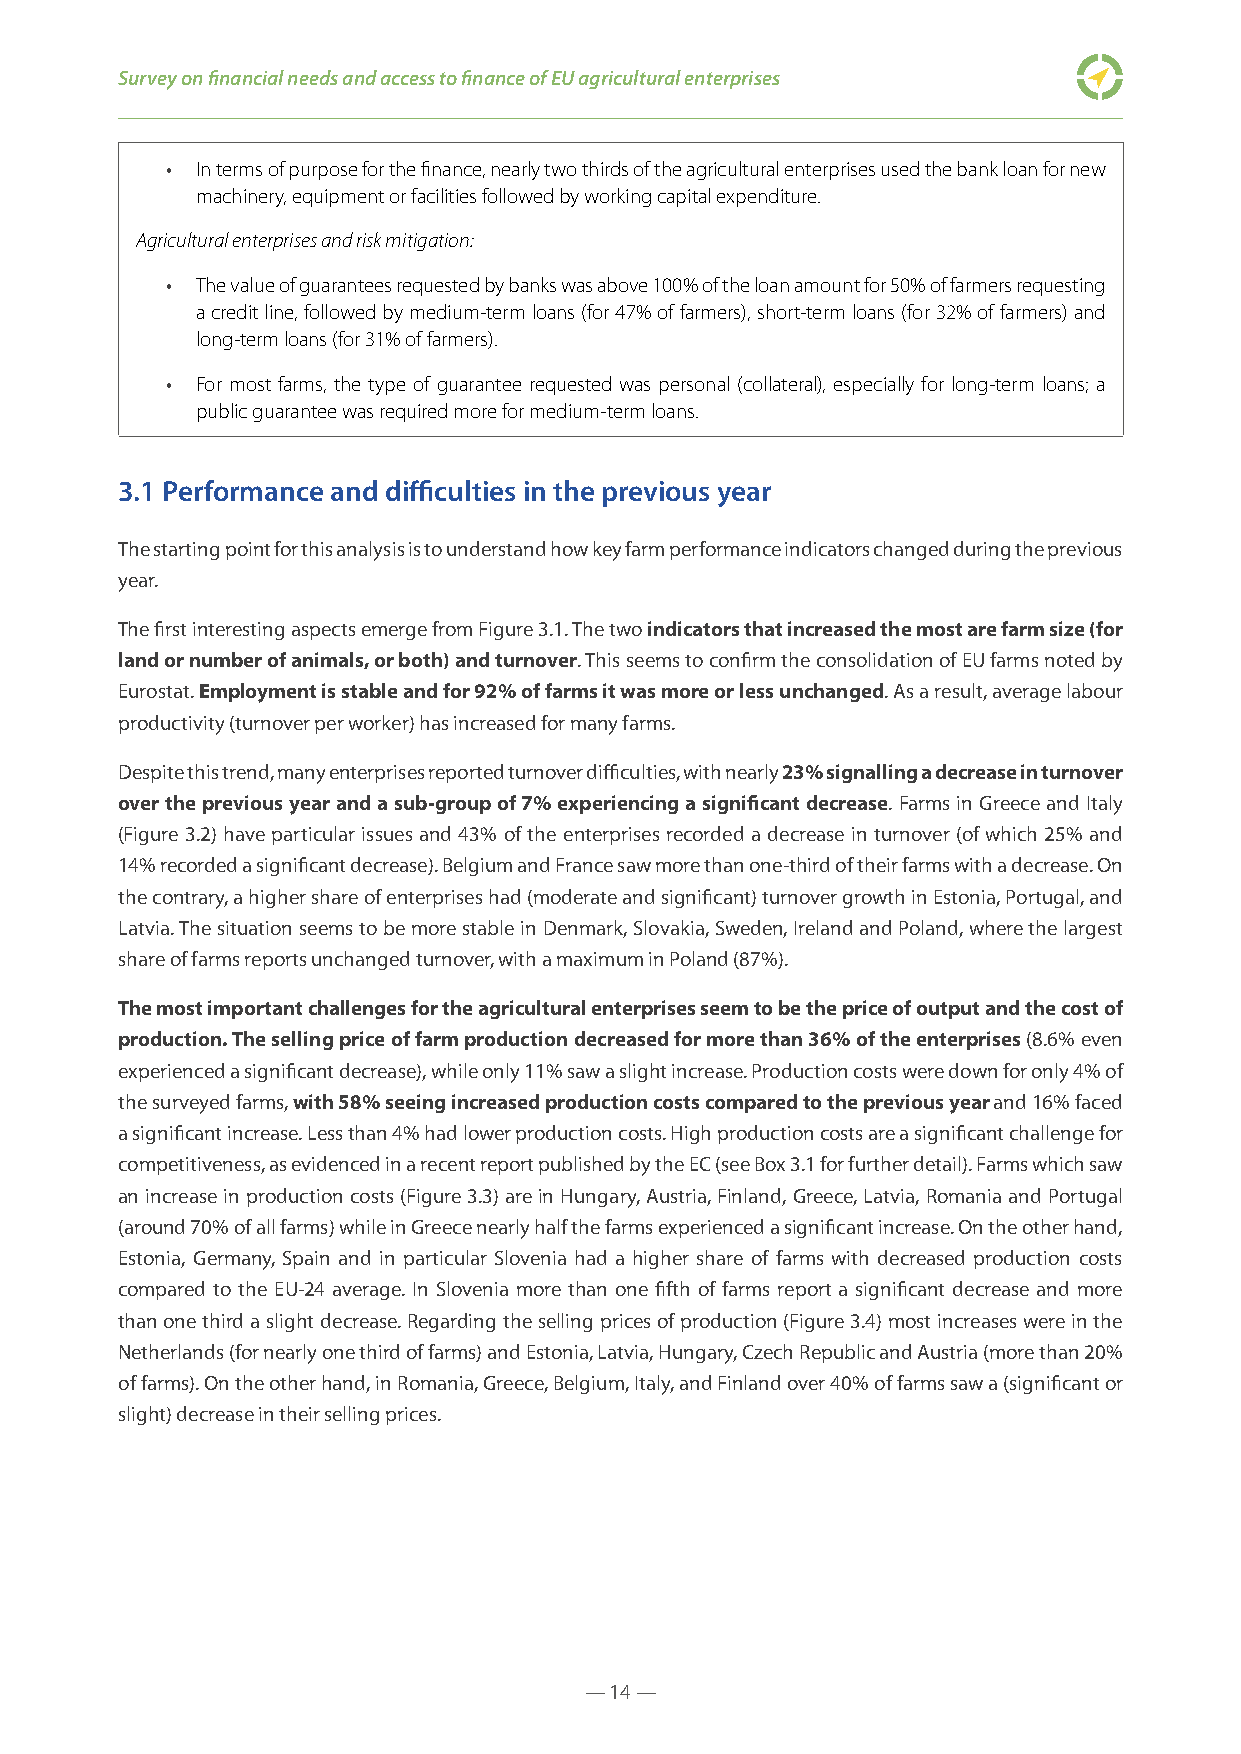
Survey on financial needs and access to finance of EU agricultural enterprises
 • In terms of purpose for the finance, nearly two thirds of the agricultural enterprises used the bank loan for new
 machinery, equipment or facilities followed by working capital expenditure.
 Agricultural enterprises and risk mitigation:
 • The value of guarantees requested by banks was above 100% of the loan amount for 50% of farmers requesting
 a credit line, followed by medium-term loans (for 47% of farmers), short-term loans (for 32% of farmers) and
 long-term loans (for 31% of farmers).
 • For most farms, the type of guarantee requested was personal (collateral), especially for long-term loans; a
 public guarantee was required more for medium-term loans.
 3.1 Performance and difficulties in the previous year
 The starting point for this analysis is to understand how key farm performance indicators changed during the previous
 year.
 The first interesting aspects emerge from Figure 3.1. The two indicators that increased the most are farm size (for
 land or number of animals, or both) and turnover. This seems to confirm the consolidation of EU farms noted by
 Eurostat. Employment is stable and for 92% of farms it was more or less unchanged. As a result, average labour
 productivity (turnover per worker) has increased for many farms.
 Despite this trend, many enterprises reported turnover difficulties, with nearly 23% signalling a decrease in turnover
 over the previous year and a sub-group of 7% experiencing a significant decrease. Farms in Greece and Italy
 (Figure 3.2) have particular issues and 43% of the enterprises recorded a decrease in turnover (of which 25% and
 14% recorded a significant decrease). Belgium and France saw more than one-third of their farms with a decrease. On
 the contrary, a higher share of enterprises had (moderate and significant) turnover growth in Estonia, Portugal, and
 Latvia. The situation seems to be more stable in Denmark, Slovakia, Sweden, Ireland and Poland, where the largest
 share of farms reports unchanged turnover, with a maximum in Poland (87%).
 The most important challenges for the agricultural enterprises seem to be the price of output and the cost of
 production. The selling price of farm production decreased for more than 36% of the enterprises (8.6% even
 experienced a significant decrease), while only 11% saw a slight increase. Production costs were down for only 4% of
 the surveyed farms, with 58% seeing increased production costs compared to the previous year and 16% faced
 a significant increase. Less than 4% had lower production costs. High production costs are a significant challenge for
 competitiveness, as evidenced in a recent report published by the EC (see Box 3.1 for further detail). Farms which saw
 an increase in production costs (Figure 3.3) are in Hungary, Austria, Finland, Greece, Latvia, Romania and Portugal
 (around 70% of all farms) while in Greece nearly half the farms experienced a significant increase. On the other hand,
 Estonia, Germany, Spain and in particular Slovenia had a higher share of farms with decreased production costs
 compared to the EU-24 average. In Slovenia more than one fifth of farms report a significant decrease and more
 than one third a slight decrease. Regarding the selling prices of production (Figure 3.4) most increases were in the
 Netherlands (for nearly one third of farms) and Estonia, Latvia, Hungary, Czech Republic and Austria (more than 20%
 of farms). On the other hand, in Romania, Greece, Belgium, Italy, and Finland over 40% of farms saw a (significant or
 slight) decrease in their selling prices.
 — 14 —